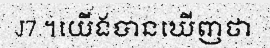
J7 ។យើងបានឃើញថា